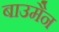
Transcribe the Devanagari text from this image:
बाउमैन